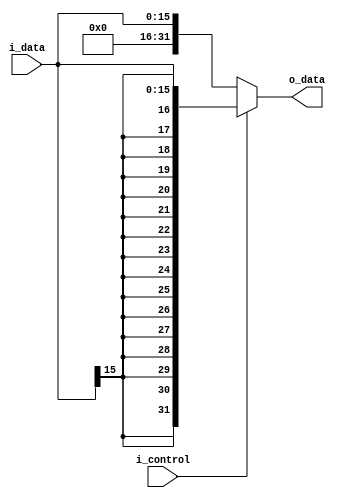
module signExtend(i_data, i_control, o_data);
	
	input   [15:0]  i_data;
	input           i_control;
	output  [31:0]  o_data;

assign o_data = (i_control)?({{16{i_data[15]}},i_data[15:0]}):({16'b0,i_data[15:0]});

endmodule